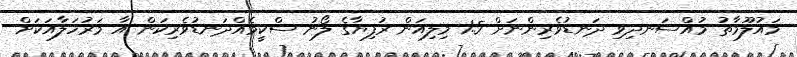
މައުލޫމާތު މުއްސަނދިވި ދަނޑުވެރިންނަށް 1.5 މިލިއަން ރުފިޔާގެ ލޯނު ސްކީމެއްދަނޑުވެރިކަން އާ މަރުހަލާއަކަށް